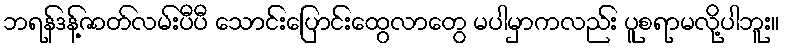
ဘရန်ဒန့်ဇာတ်လမ်းပီပီ သောင်းပြောင်းထွေလာတွေ မပါမှာကလည်း ပူစရာမလို့ပါဘူး။